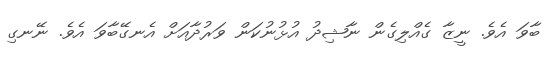
ބާވަ އެވެ. ނީޒާ ގެއްލިގެން ނާޝިދު އުޅުނުކަން ވަރުދާއަށް އެނގޭބާވަ އެވެ. ނޭނގި